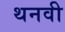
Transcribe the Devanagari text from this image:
थनवी